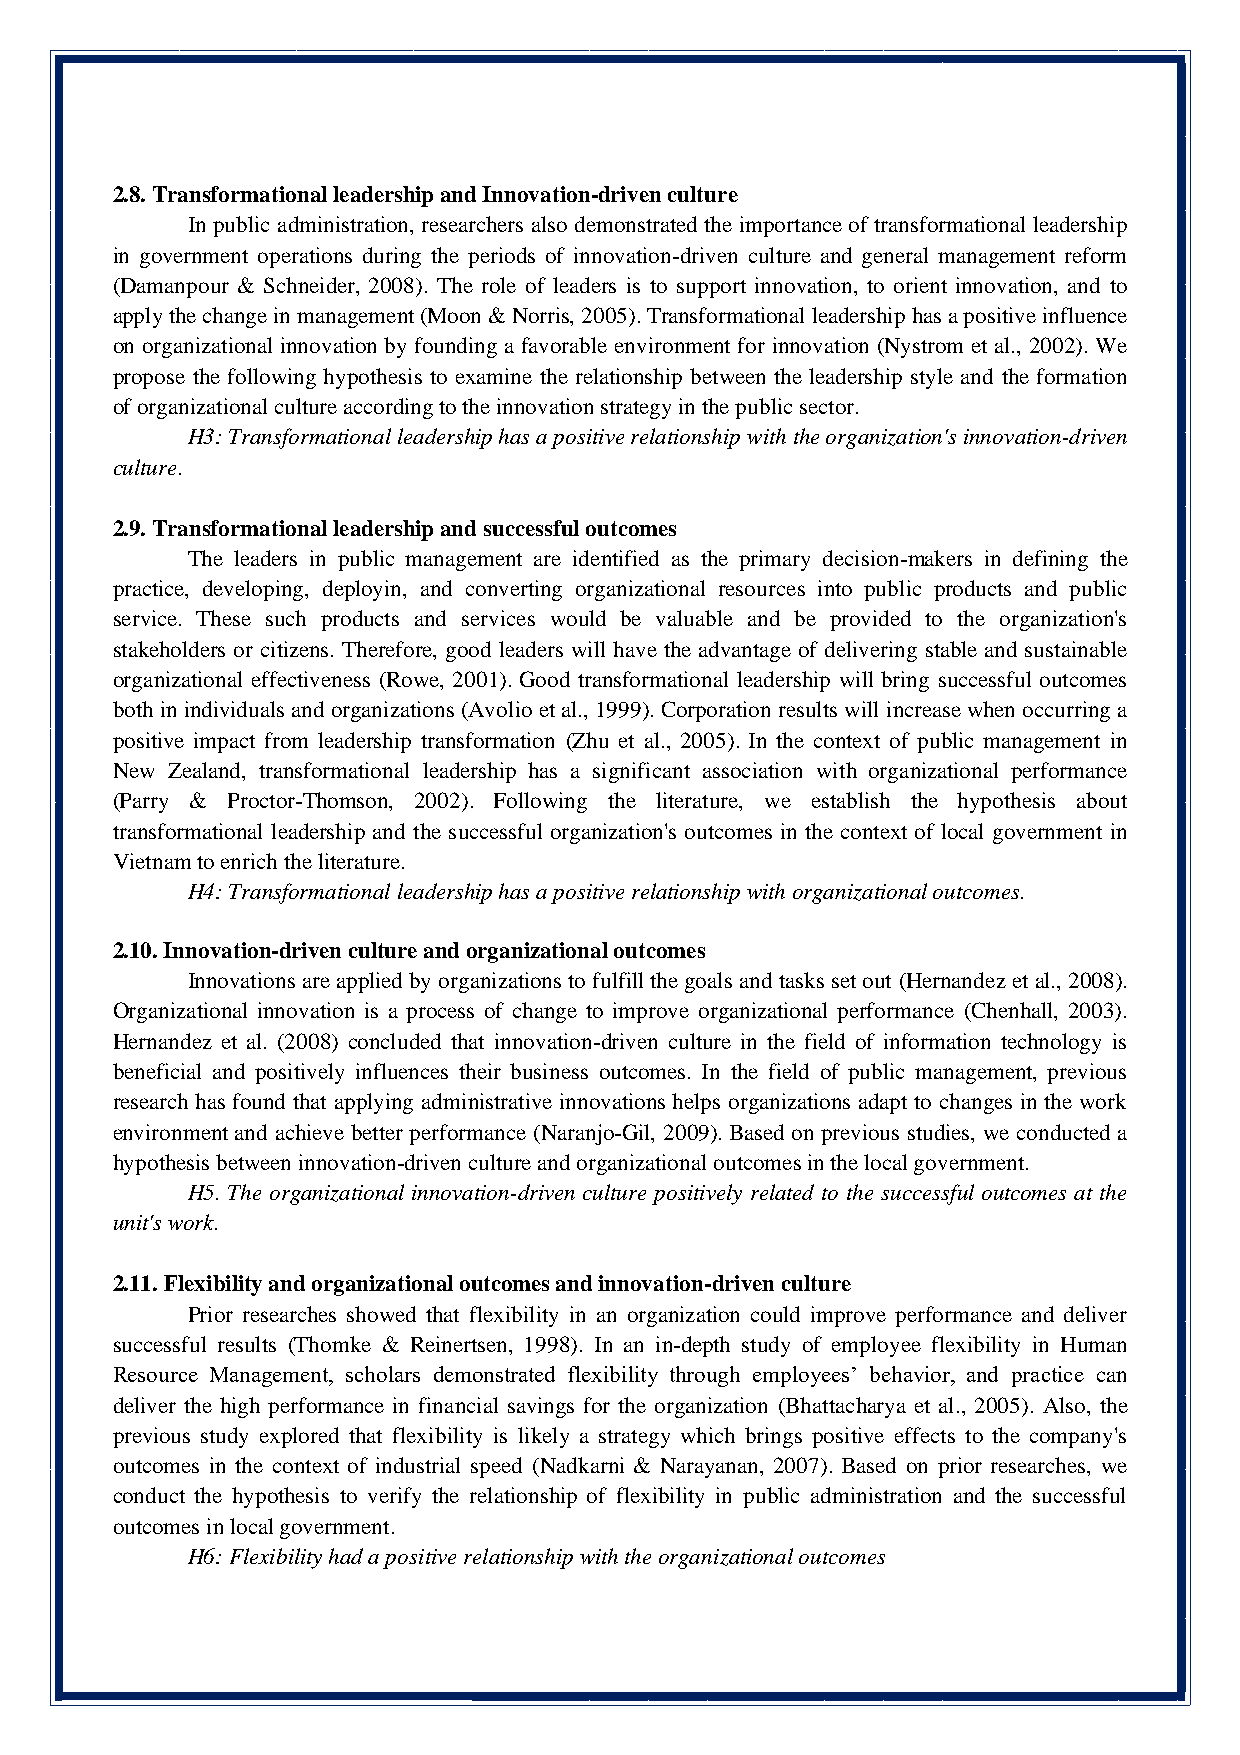
2.8. Transformational leadership and Innovation-driven culture
 In public administration, researchers also demonstrated the importance of transformational leadership
 in government operations during the periods of innovation-driven culture and general management reform
 (Damanpour & Schneider, 2008). The role of leaders is to support innovation, to orient innovation, and to
 apply the change in management (Moon & Norris, 2005). Transformational leadership has a positive influence
 on organizational innovation by founding a favorable environment for innovation (Nystrom et al., 2002). We
 propose the following hypothesis to examine the relationship between the leadership style and the formation
 of organizational culture according to the innovation strategy in the public sector.
 H3: Transformational leadership has a positive relationship with the organization's innovation-driven
 culture.
 2.9. Transformational leadership and successful outcomes
 The leaders in public management are identified as the primary decision-makers in defining the
 practice, developing, deployin, and converting organizational resources into public products and public
 service. These such products and services would be valuable and be provided to the organization's
 stakeholders or citizens. Therefore, good leaders will have the advantage of delivering stable and sustainable
 organizational effectiveness (Rowe, 2001). Good transformational leadership will bring successful outcomes
 both in individuals and organizations (Avolio et al., 1999). Corporation results will increase when occurring a
 positive impact from leadership transformation (Zhu et al., 2005). In the context of public management in
 New Zealand, transformational leadership has a significant association with organizational performance
 (Parry & Proctor-Thomson, 2002). Following the literature, we establish the hypothesis about
 transformational leadership and the successful organization's outcomes in the context of local government in
 Vietnam to enrich the literature.
 H4: Transformational leadership has a positive relationship with organizational outcomes.
 2.10. Innovation-driven culture and organizational outcomes
 Innovations are applied by organizations to fulfill the goals and tasks set out (Hernandez et al., 2008).
 Organizational innovation is a process of change to improve organizational performance (Chenhall, 2003).
 Hernandez et al. (2008) concluded that innovation-driven culture in the field of information technology is
 beneficial and positively influences their business outcomes. In the field of public management, previous
 research has found that applying administrative innovations helps organizations adapt to changes in the work
 environment and achieve better performance (Naranjo-Gil, 2009). Based on previous studies, we conducted a
 hypothesis between innovation-driven culture and organizational outcomes in the local government.
 H5. The organizational innovation-driven culture positively related to the successful outcomes at the
 unit's work.
 2.11. Flexibility and organizational outcomes and innovation-driven culture
 Prior researches showed that flexibility in an organization could improve performance and deliver
 successful results (Thomke & Reinertsen, 1998). In an in-depth study of employee flexibility in Human
 Resource Management, scholars demonstrated flexibility through employees’ behavior, and practice can
 deliver the high performance in financial savings for the organization (Bhattacharya et al., 2005). Also, the
 previous study explored that flexibility is likely a strategy which brings positive effects to the company's
 outcomes in the context of industrial speed (Nadkarni & Narayanan, 2007). Based on prior researches, we
 conduct the hypothesis to verify the relationship of flexibility in public administration and the successful
 outcomes in local government.
 H6: Flexibility had a positive relationship with the organizational outcomes